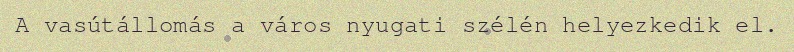
A vasútállomás a város nyugati szélén helyezkedik el.